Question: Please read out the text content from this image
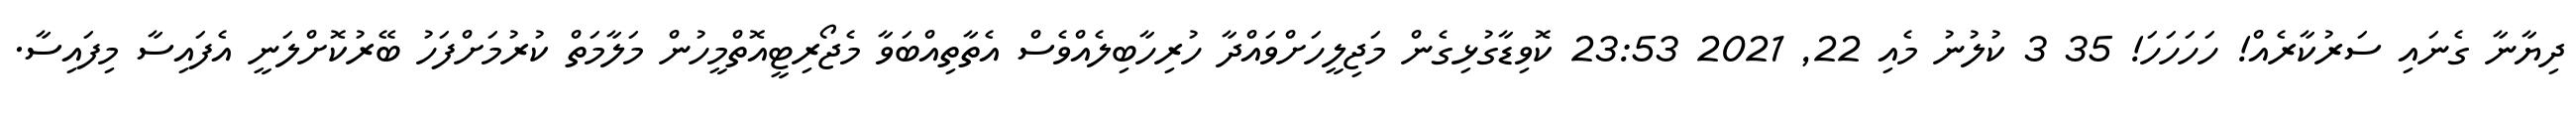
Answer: ދިޔާނާ ގެނައި ސަރުކާރެއް! ހަހަހަހަ! 35 3 ކުލުނު މެއި 22, 2021 23:53 ކޮވިޑާގުޅިގެން މަޖިލީހަށްވައްދާ ހުރިހާބިލެއްވެސް އެތާތިއްބަވާ މެޖޯރިޓީއޮތްމީހުން މަލާމަތް ކުރުމަށްފަހު ބޭރުކޮށްލަނީ އެފައިސާ މިފައިސާ.